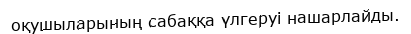
оқушыларының сабаққа үлгеруі нашарлайды.